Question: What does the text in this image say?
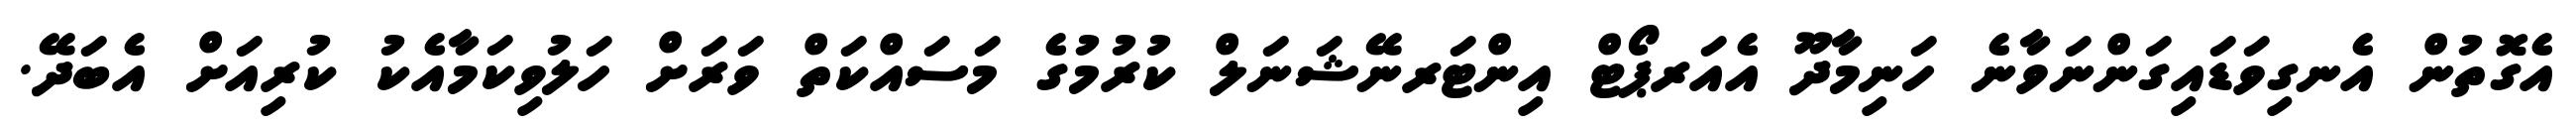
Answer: އެގޮތުން އެނގިވަޑައިގަންނަވާނެ ހަނިމާދޫ އެއަރޕޯޓް އިންޓަރނޭޝަނަލް ކުރުމުގެ މަސައްކަތް ވަރަށް ހަލުވިކަމާއެކު ކުރިއަށް އެބަދޭ.